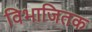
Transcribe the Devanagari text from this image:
विभाजितक